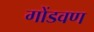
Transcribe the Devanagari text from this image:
गोंडवण